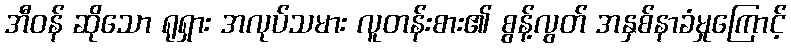
အီဝန် ဆိုသော ရုရှား အလုပ်သမား လူတန်းစား၏ စွန့်လွတ် အနှစ်နာခံမှုကြောင့်